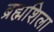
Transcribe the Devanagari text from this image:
ब्रह्मशिला